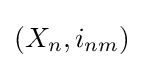
\left(X_{n},i_{nm}\right)